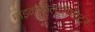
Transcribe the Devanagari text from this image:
माइक्रोकैलोरीमीटर